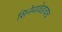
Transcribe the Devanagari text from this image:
सिनेमावेडाचाच